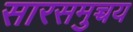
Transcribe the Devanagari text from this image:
सारसमुच्चय